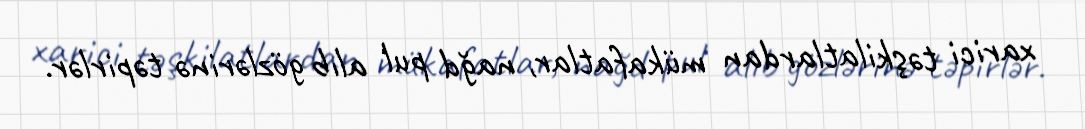
xarici təşkilatlardan mükafatlar, nağd pul alıb gözlərinə təpirlər.